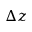
\Delta z